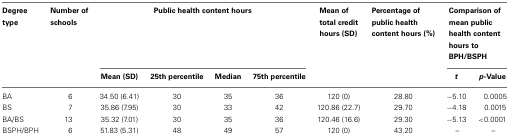
<table><thead><tr><td><b>Degree type</b></td><td><b>Number of schools</b></td><td colspan="4"><b>Public health content hours</b></td><td><b>Mean of total credit hours (SD)</b></td><td><b>Percentage of public health content hours (%)</b></td><td colspan="2"><b>Comparison of mean public health content hours to BPH/BSPH</b></td></tr><tr><td></td><td></td><td><b>Mean (SD)</b></td><td><b>25th percentile</b></td><td><b>Median</b></td><td><b>75th percentile</b></td><td colspan="2"></td><td><b><i>t</i></b></td><td><b><i>p</i>-Value</b></td></tr></thead><tbody><tr><td>BA</td><td>6</td><td>34.50 (6.41)</td><td>30</td><td>35</td><td>36</td><td>120 (0)</td><td>28.80</td><td>−5.10</td><td>0.0005</td></tr><tr><td>BS</td><td>7</td><td>35.86 (7.95)</td><td>30</td><td>33</td><td>42</td><td>120.86 (22.7)</td><td>29.70</td><td>−4.18</td><td>0.0015</td></tr><tr><td>BA/BS</td><td>13</td><td>35.32 (7.01)</td><td>30</td><td>35</td><td>36</td><td>120.46 (16.6)</td><td>29.30</td><td>−5.13</td><td>&lt;0.0001</td></tr><tr><td>BSPH/BPH</td><td>6</td><td>51.83 (5.31)</td><td>48</td><td>49</td><td>57</td><td>120 (0)</td><td>43.20</td><td>–</td><td>–</td></tr></tbody></table>